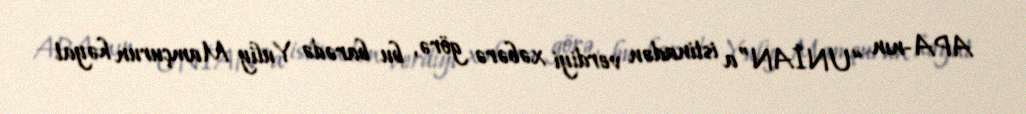
APA-nın “UNİAN”a istinadən verdiyi xəbərə görə, bu barədə Yuliy Mamçurun həyat